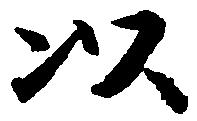
以